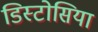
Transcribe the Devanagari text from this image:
डिस्टोसिया